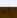
إنه